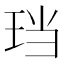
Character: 珰